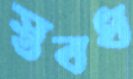
স্তবধ